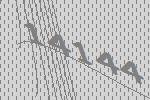
14144